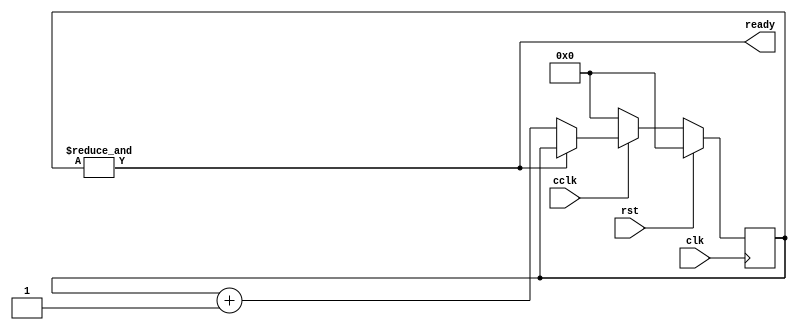
/*
   This file was generated automatically by the Mojo IDE version B1.3.5.
   Do not edit this file directly. Instead edit the original Lucid source.
   This is a temporary file and any changes made to it will be destroyed.
*/

/*
   Parameters:
     CLK_FREQ = CLK_FREQ
*/
module cclk_detector_43 (
    input clk,
    input rst,
    input cclk,
    output reg ready
  );
  
  localparam CLK_FREQ = 28'h8f0d180;
  
  
  localparam CTR_SIZE = 4'hf;
  
  reg [14:0] M_ctr_d, M_ctr_q = 1'h0;
  
  always @* begin
    M_ctr_d = M_ctr_q;
    
    ready = (&M_ctr_q);
    if (cclk == 1'h0) begin
      M_ctr_d = 1'h0;
    end else begin
      if (!(&M_ctr_q)) begin
        M_ctr_d = M_ctr_q + 1'h1;
      end
    end
  end
  
  always @(posedge clk) begin
    if (rst == 1'b1) begin
      M_ctr_q <= 1'h0;
    end else begin
      M_ctr_q <= M_ctr_d;
    end
  end
  
endmodule